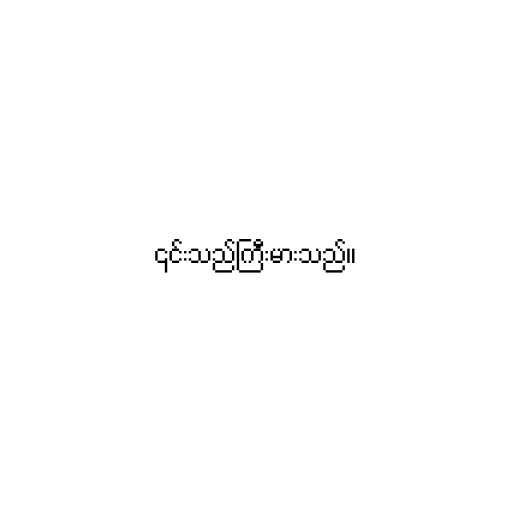
၎င်းသည်ကြီးမားသည်။